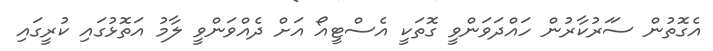
އެގޮތުން ސަަރުކާރުން ހައްދަވަންވީ ގޮތަކީ އެސްޓީއޯ އަށް ދެއްވަންވީ ލާމު އަތޮޅުގައި ކުރީގައި